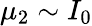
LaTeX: \mu_{2}\sim I_{0}